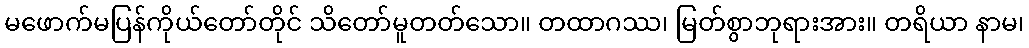
မဖောက်မပြန်ကိုယ်တော်တိုင် သိတော်မူတတ်သော။ တထာဂဿ၊ မြတ်စွာဘုရားအား။ တရိယာ နာမ၊